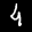
Label: 4